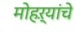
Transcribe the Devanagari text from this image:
मोहऱ्यांचे